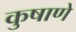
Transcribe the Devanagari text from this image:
कुषाणे